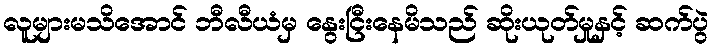
လူများမသိအောင် ဘီလီယံမှ နွေးငြီးနေမိသည် ဆိုးယုတ်မှုနှင့် ဆက်ပွဲ